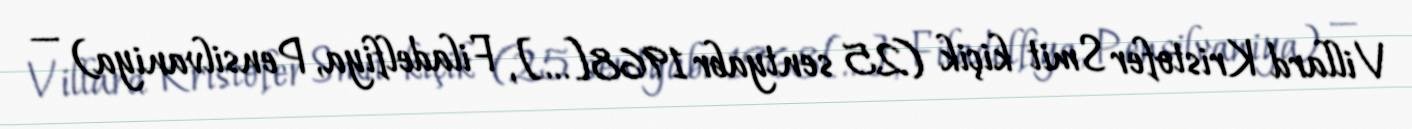
Villard Kristofer Smit kiçik (25 sentyabr 1968[…], Filadelfiya, Pensilvaniya) —